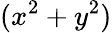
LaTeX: (x^{2}+y^{2})